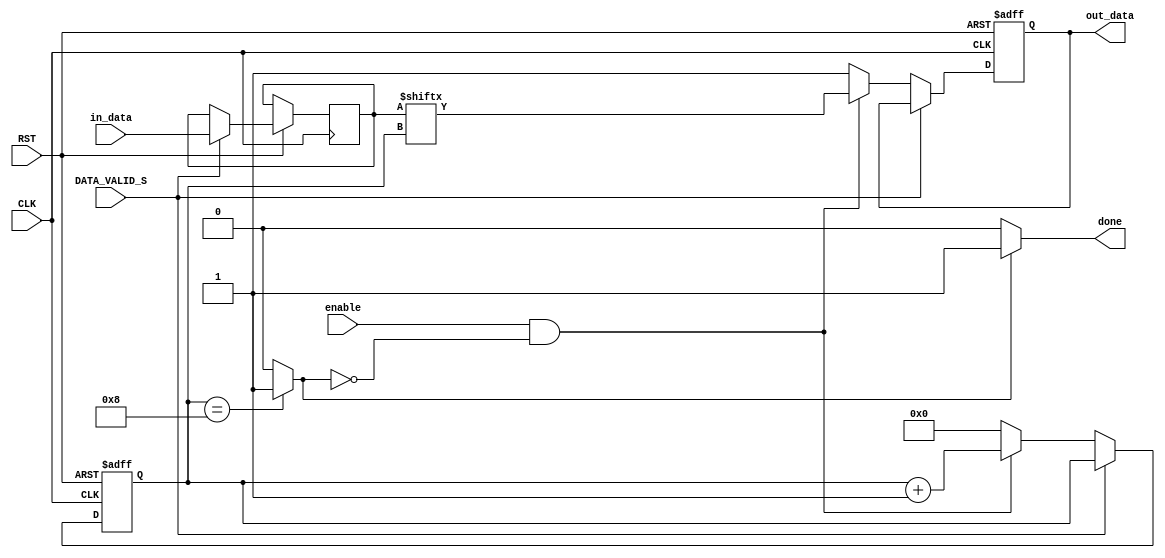
`timescale 1ns / 1ps


module Serializer #(parameter data_width=8)(
input [data_width-1:0] in_data,
input DATA_VALID_S,
input enable,
input CLK,
input RST,
output wire done,
output reg out_data
    );
 reg [3:0] counter;
 reg [data_width-1:0] temp;
 wire count_done;   
always@(posedge CLK or negedge RST)
    begin
        if(!RST)
        begin
            out_data<=1;
            counter<=0;
        end
        else if(DATA_VALID_S)
            temp<=in_data;
        else if (enable && !count_done)
        begin
            out_data<=temp[counter];
            counter<=counter+1;
        end
        else
        begin
          //  done<=1;
            counter<=0;
            out_data<=1;
        end
    end    
 
assign count_done=(counter==4'b1000)?1:0;
assign done=(count_done==1)?1:0;    
endmodule